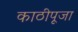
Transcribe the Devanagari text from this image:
काठीपूजा